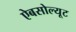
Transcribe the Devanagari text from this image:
ऐबसोल्यूट